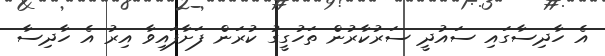
އެ ހާދިސާގައި ސައުދީ ސަރުކާރުން ތަހުގީގު ކުރަން ފަށާފައިވާ އިރު އެ ހާދިސާ